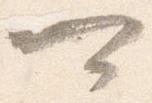
可